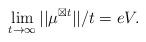
LaTeX: \begin{align*}\lim_{t\rightarrow \infty}{||\mu^{\boxtimes t} ||}/{t}=eV.\end{align*}